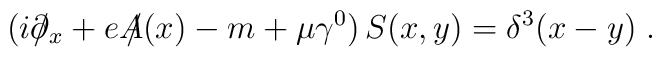
(i\partial\!\!\!\slash_x+eA\!\!\!\slash(x)-m+\mu\gamma^0)\,S(x,y)=\delta^3(x-y)  \; .